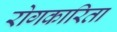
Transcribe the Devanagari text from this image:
रोगकारिता